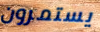
يستمرون